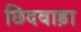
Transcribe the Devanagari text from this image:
छिदवाड़ा